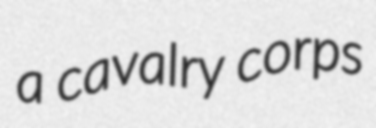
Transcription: a cavalry corps